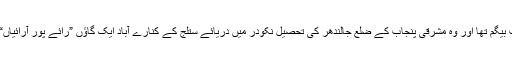
ان کا نام حشمت بیگم تھا اور وہ مشرقی پنجاب کے ضلع جالندھر کی تحصیل نکودر میں دریائے ستلج کے کنارے آباد ایک گاﺅں ”رائے پور آرائیاں“ میں پیدا ہوئیں۔